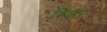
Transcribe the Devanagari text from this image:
रिव्ह्रर